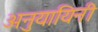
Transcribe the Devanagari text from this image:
अनुयायिनी